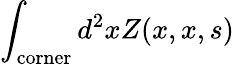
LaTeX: \int_{\mathrm{corner}}d^{2}xZ(x,x,s)